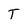
Character: T